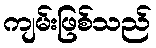
ကျမ်းဖြစ်သည်